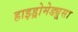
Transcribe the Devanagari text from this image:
हाइड्रोमेड्यूसा